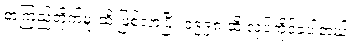
စာကြည့်တိုက်မှူးထိ ဖြစ်လာပြီး ၁၉၉၈ ထိ လုပ်ကိုင်ခဲ့ပါတယ်။